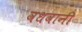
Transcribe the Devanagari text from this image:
वधवानी